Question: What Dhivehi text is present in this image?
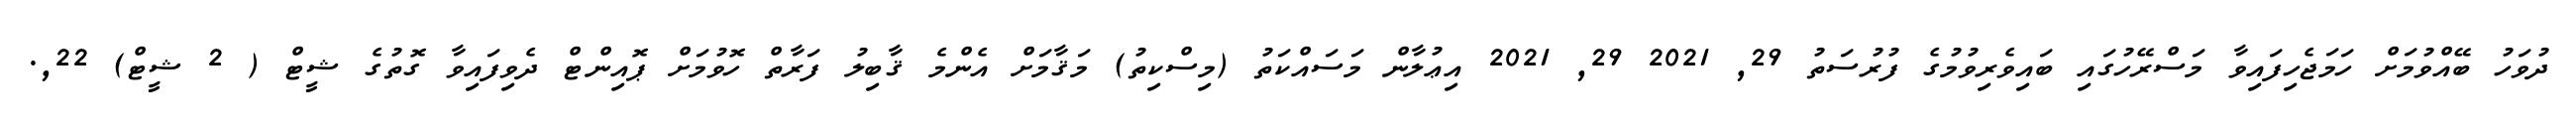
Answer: ދުވަހު ބޭއްވުމަށް ހަމަޖެހިފައިވާ މަސްރޭހުގައި ބައިވެރިވުމުގެ ފުރުސަތު 29, 2021 29, 2021 އިޢުލާން މަސައްކަތު (މިސްކިތު) މަޤާމަށް އެންމެ ޤާބިލު ފަރާތް ހޮވުމަށް ޕޮއިންޓް ދެވިފައިވާ ގޮތުގެ ޝީޓް ( 2 ޝީޓް) 22,.